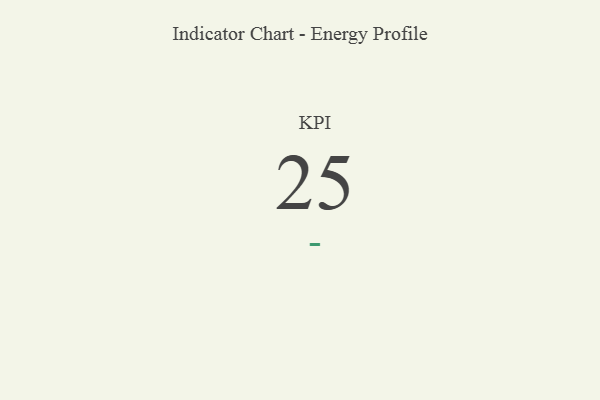
{"axis": {"x": "KPI", "y": "Value"}, "legend": [""], "data": [{"x": "KPI", "y": 25, "type": ""}]}